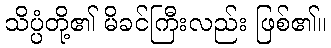
သိပ္ပံတို့၏ မိခင်ကြီးလည်း ဖြစ်၏။